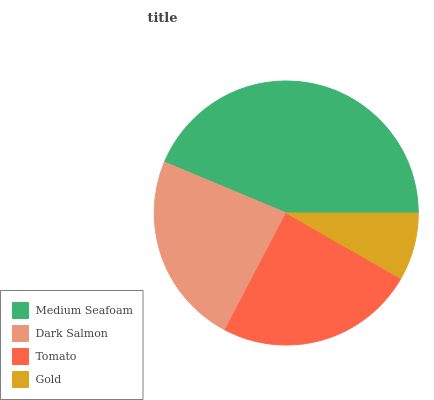
| Medium Seafoam | Dark Salmon | Tomato | Gold |
 | --- | --- | --- | --- |
 | 43.8% | 23.6% | 24.4% | 8.27% |